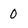
Character: 0